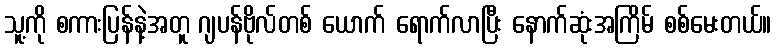
သူ့ကို စကားပြန်နဲ့အတူ ဂျပန်ဗိုလ်တစ် ယောက် ရောက်လာပြီး နောက်ဆုံးအကြိမ် စစ်မေးတယ်။